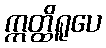
ဣတ္ထိရူပေ